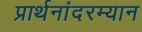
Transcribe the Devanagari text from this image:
प्रार्थनांदरम्यान